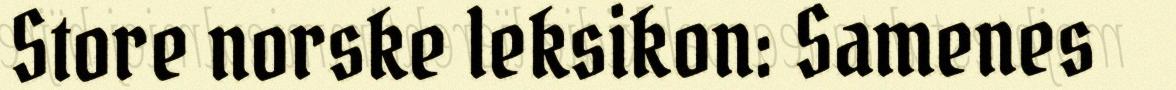
Store norske leksikon: Samenes